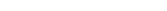
٢٣